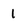
Character: 1